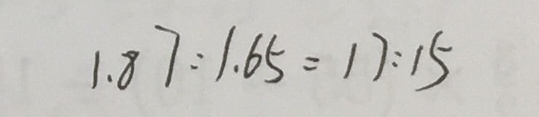
1 . 8 7 : 1 . 6 5 = 1 7 : 1 5